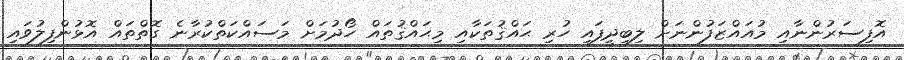
އޮފިސަރުންނާއި މުއައްޒަފުންނަށް ލިބިދީފައި ހުރި ޙައްޤުތަކާއި މިޙައްޤުތައް ހޯދުމަށް މަސައްކަތްކުރާނެ ގޮތްތައް އޮޅުންފިލުވައި